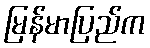
မြန်မာပြည်က